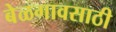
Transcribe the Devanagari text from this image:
बेळगावसाठी